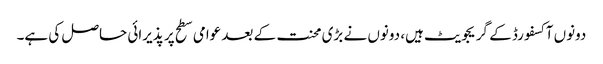
دونوں آکسفورڈ کے گریجویٹ ہیں، دونوں نے بڑی محنت کے بعد عوامی سطح پر پذیرائی حاصل کی ہے۔